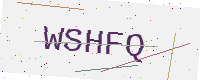
Text: WSHFQ